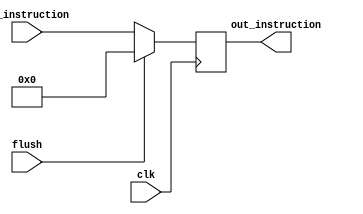
module instruction_register(
  input             clk,
  input             flush,
  input      [31:0] in_instruction,

  output reg [31:0] out_instruction
);

always @(posedge clk) begin
  if (flush) begin
    out_instruction <= 32'b0; //NOP (or flush the instruction register pipeline)
  end else begin 
    out_instruction <= in_instruction;
  end
end

endmodule